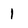
Character: 1